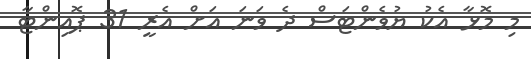
މި މޮޅާ އެކު ޔުވެންޓަސް ދެ ވަނަ އަށް އެރީ 31 ޕޮއިންޓާ